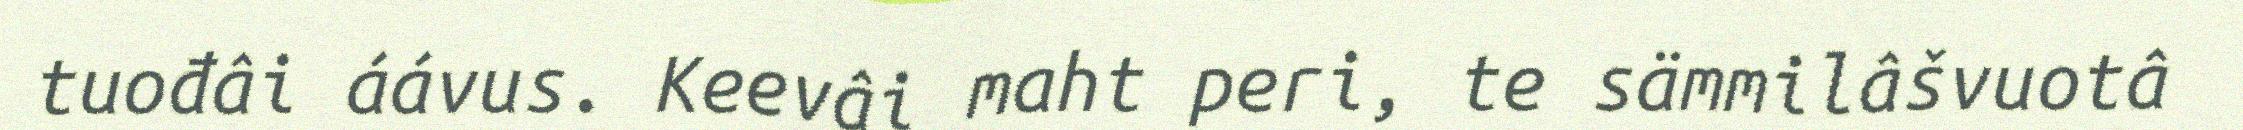
tuođâi áávus. Keevâi maht peri, te sämmilâšvuotâ